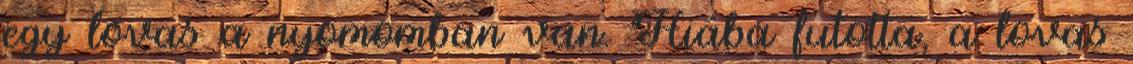
egy lovas a nyomomban van. Hiába futotta, a lovas